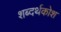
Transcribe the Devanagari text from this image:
शब्दर्थकोश